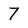
Character: 7